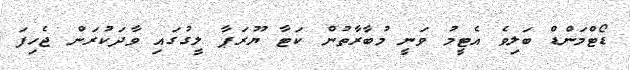
ޑޯޓްމަންޑް ބަލިވެ އެޓީމު ވަނީ މުބާރާތުން ކަޓާ ޔޫރަޕާ ލީގުގައި ވާދަކުރަން ޖެހިފަ